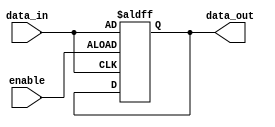
module non_inverting_buffer (
    input wire enable,
    input wire data_in,
    output reg data_out
);

always @ (posedge enable or posedge data_in)
begin
    if (enable)
        data_out <= data_in;
end

endmodule